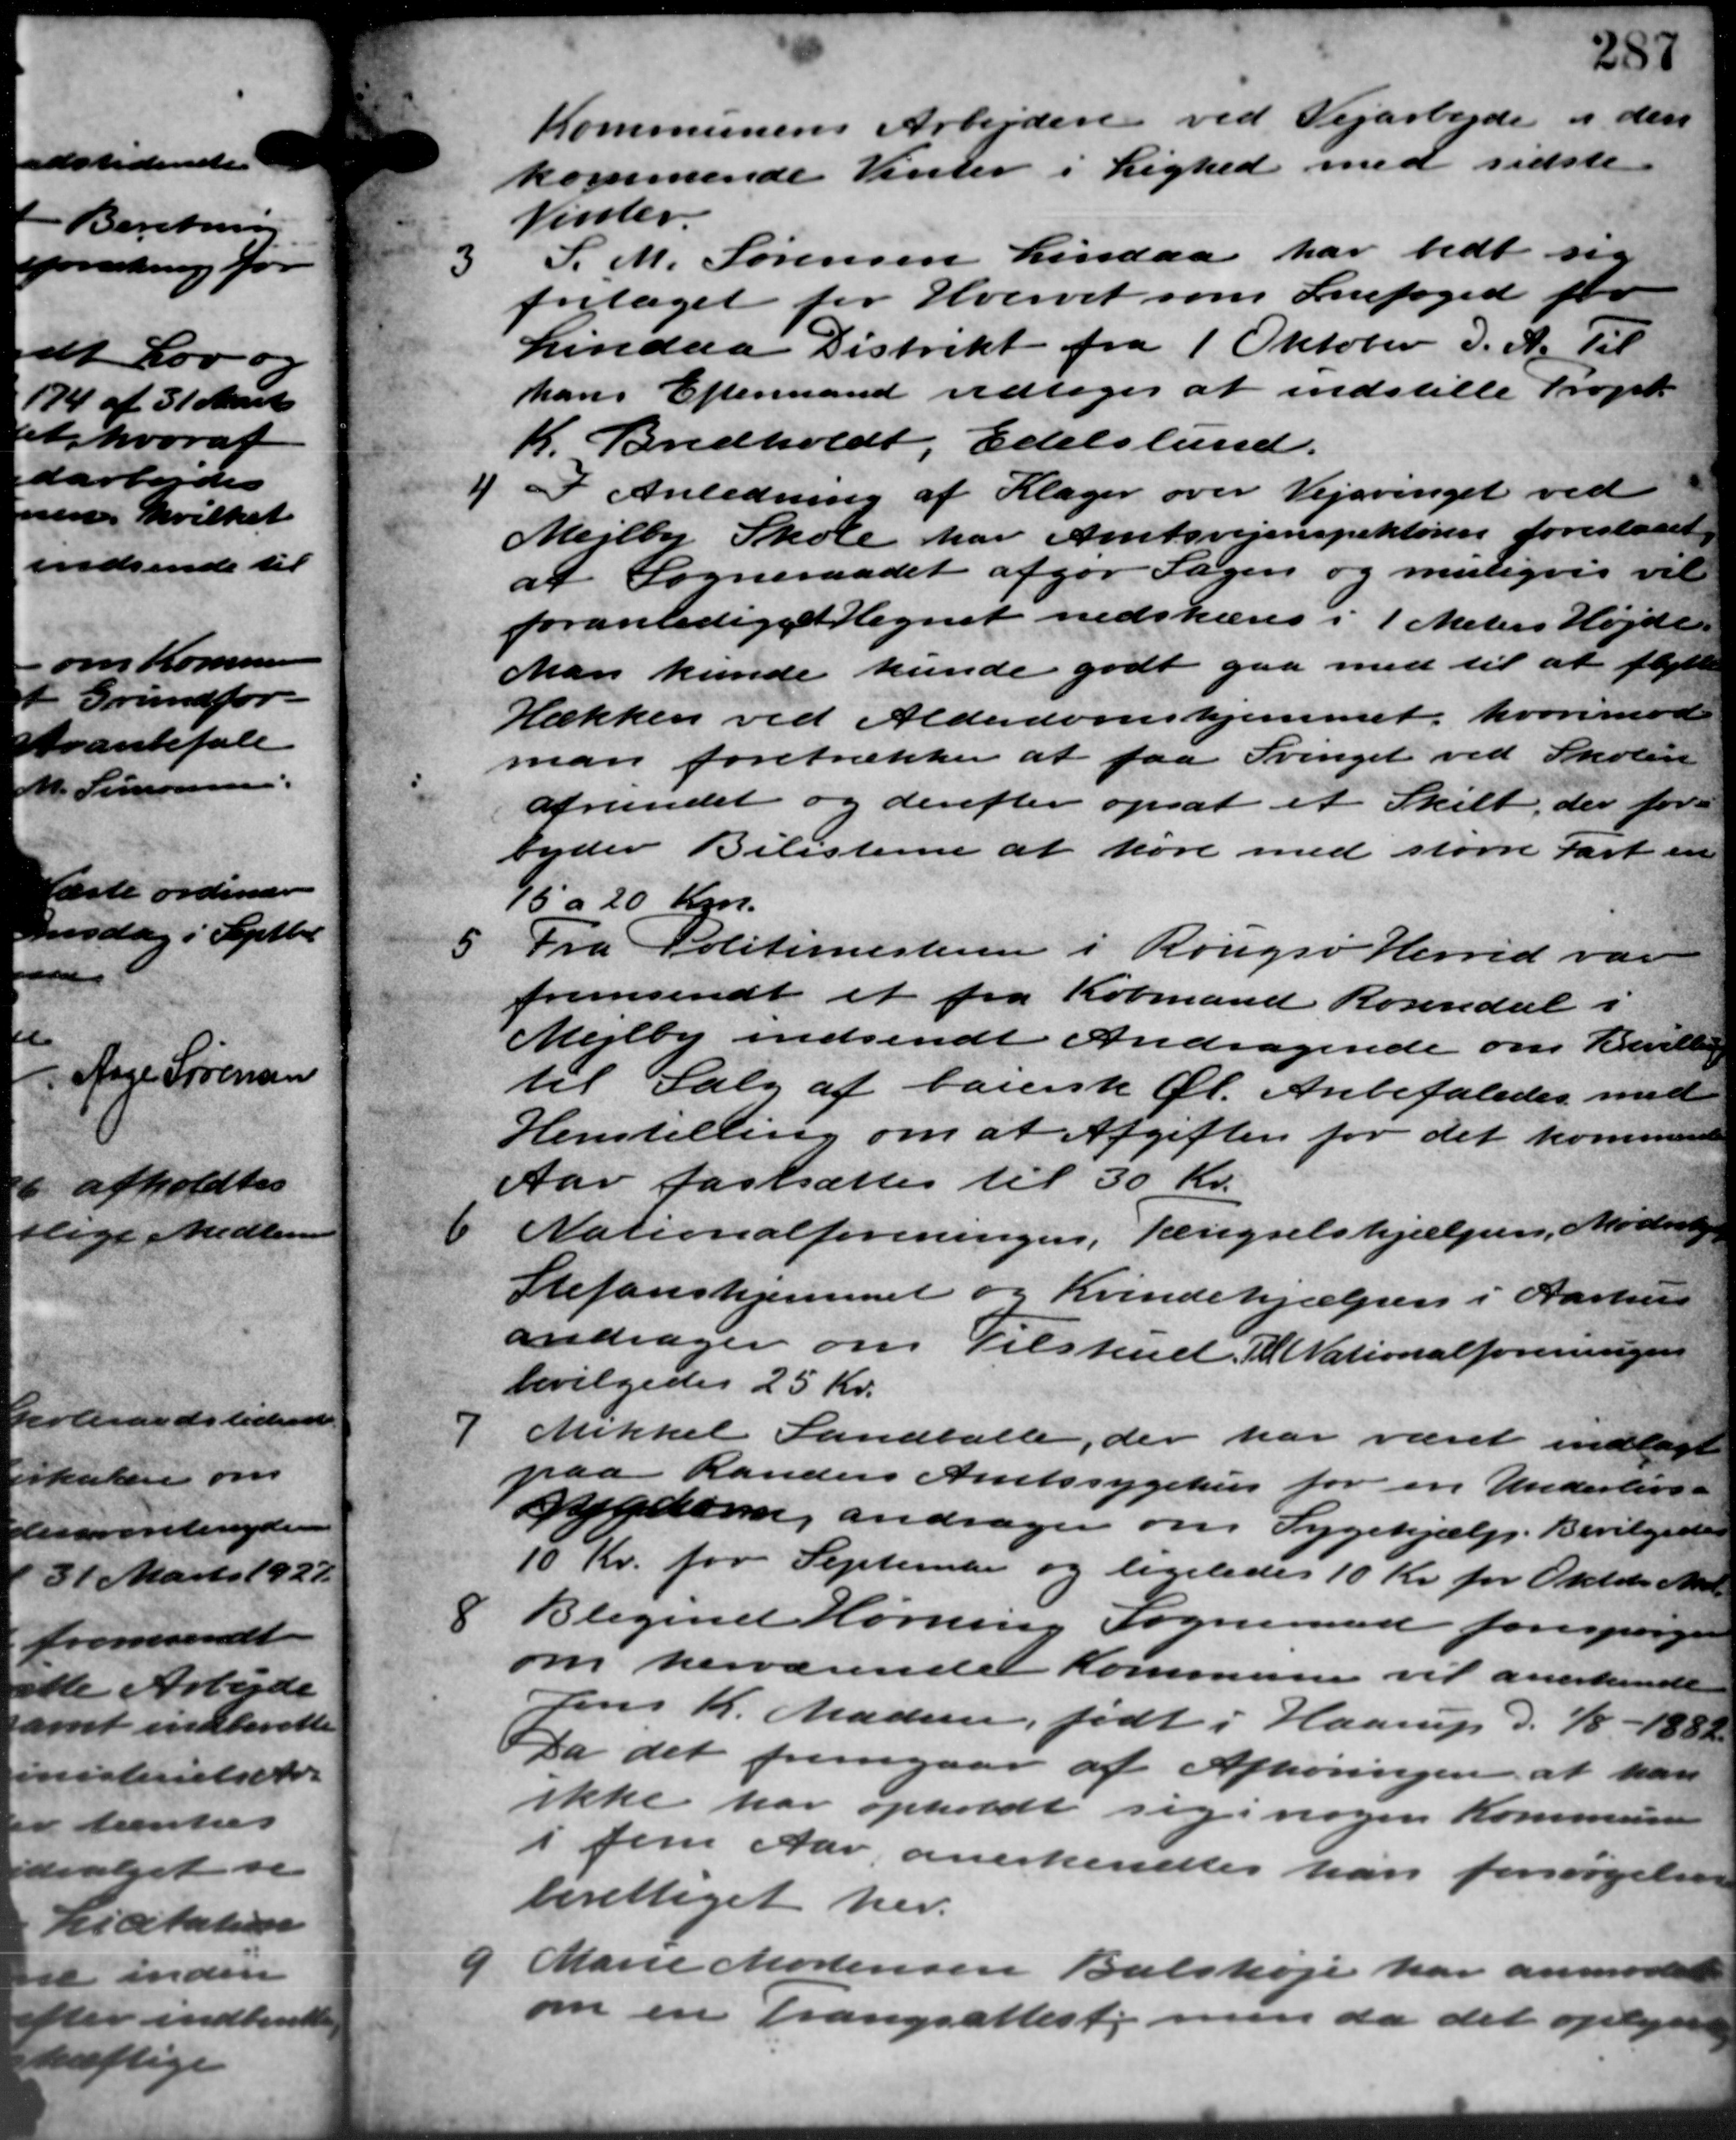
Transskription:
Kommunens Arbejderne ved Vejarbejde i den
kommende Vinter i Lighed med sidste
Vinter.
3
S. M. Sørensen Lindaa har bedt sig
fritaget for Hvervet som Snefoged for
Lindaa Distrikt fra 1 Oktober d. A. Til
hans Eftermand vedtoges at indstille Propt.
K. Bredholdt, Edelslund.
1 I Anledning af Klager over Vejsvinget ved
1 I Anledning af Klager over Vejsvinget ved
Mejlby Skole har Amtsvejinspektøren foreslaaet
at Sogneraadet afgør Sagen og muligvis vil
foranledige Hegnet nedskæres i 1 Meters Højde.
Man kunde kunde godt gaa med til at flytte
Hækken ved Alderdomshjemmet, hvorimod
man foretrækker at faa Svinget ved Skolen
afrundet og derefter opsat et Skilt, der for
C
byder Bilisterne at køre med større fast en
95 a 20 Kr.
5 Fra Politimesteren i Rougsø Herred var
5 Fra Politimesteren i Rougsø Herred var
fremsendt et fra Købmand Rosendal i
Mejlby indsendt Andragende om Bevilling
til Salg af banersk Øl. Anbefaledes med
Henstilling om at Afgiften for det kommende
Aar fastsættes til 30 Kr.

Nationalforeningen, Tængselshjælpen, Møde
Stefanshjemmet og Kvindehjælpen i Aarhus
andrager om Tilskud. Til Nationalforeningen
bevilgedes 25 Kr.
7
Mikkel Landballe, der har været indlagt
paa Randers Amtssygehus for en Underlivs-
6
sygdom, andrager om Sygehjælp. Bevilgedes
10 Kr. for September og ligeledes 10 Kr. for Oktober Mndl.

Blegend Hørning Sogneraad forespørger
om herværende Kommunen vil anerkende
Jens K. Madsen, født i Haarup d. 1/8 – 1882
Da det fremgaar af Afhøringen at han
ikke har opholdt sig i nogen Kommunen
i for Aar, anerkendtes han forsørgelses
berettiget her.
9
Marie Mortensen Balshøje har anmodede
om en Trangsattest men da det oplyste